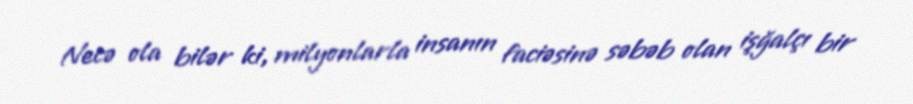
Necə ola bilər ki, milyonlarla insanın faciəsinə səbəb olan işğalçı bir